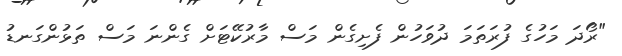
"ރޯދަ މަހުގެ ފުރަތަމަ ދުވަހުން ފެށިގެން މަސް މާރުކޭޓަށް ގެންނަ މަސް ތަޅުންގަނޑު